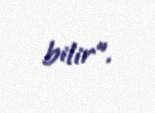
bilir”.